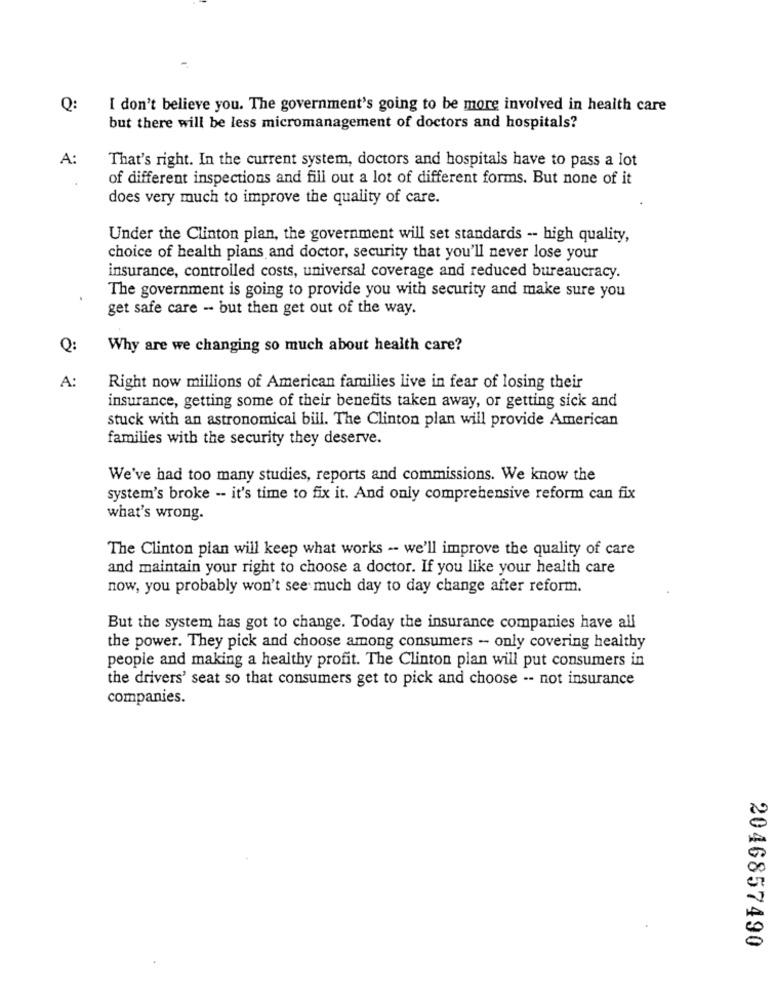
Q:
I don't believe you. The government's going to be more involved in health care
but there will be less micromanagement of doctors and hospitals?
A:
That's right. In the current system, doctors and hospitals have to pass a lot
of different inspections and fill out a lot of different forms. But none of it
does very much to improve the quality of care.
Under the Clinton plan, the government will set standards -- high quality,
choice of health plans and doctor, security that you'll never lose your
insurance, controlled costs, universal coverage and reduced bureaucracy.
The government is going to provide you with security and make sure you
get safe care - but then get out of the way.
Q:
Why are we changing so much about health care?
A:
Right now millions of American families live in fear of losing their
insurance, getting some of their benefits taken away, or getting sick and
stuck with an astronomical bill. The Clinton plan will provide American
families with the security they deserve.
We've had too many studies, reports and commissions. We know the
system's broke -- it's time to fix it. And only comprehensive reform can fix
what's wrong.
The Clinton plan will keep what works -- we'll improve the quality of care
and maintain your right to choose a doctor. If you like your health care
now, you probably won't see much day to day change after reform.
But the system has got to change. Today the insurance companies have all
the power. They pick and choose among consumers - only covering healthy
people and making a healthy profit. The Clinton plan will put consumers in
the drivers' seat so that consumers get to pick and choose -- not insurance
companies.
2046857490